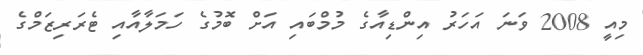
މިއީ 2008 ވަނަ އަހަރު އިންޑިއާގެ މުމްބައި އަށް ބޮމުގެ ހަމަލާއާއި ޓެރަރިޒަމްގެ